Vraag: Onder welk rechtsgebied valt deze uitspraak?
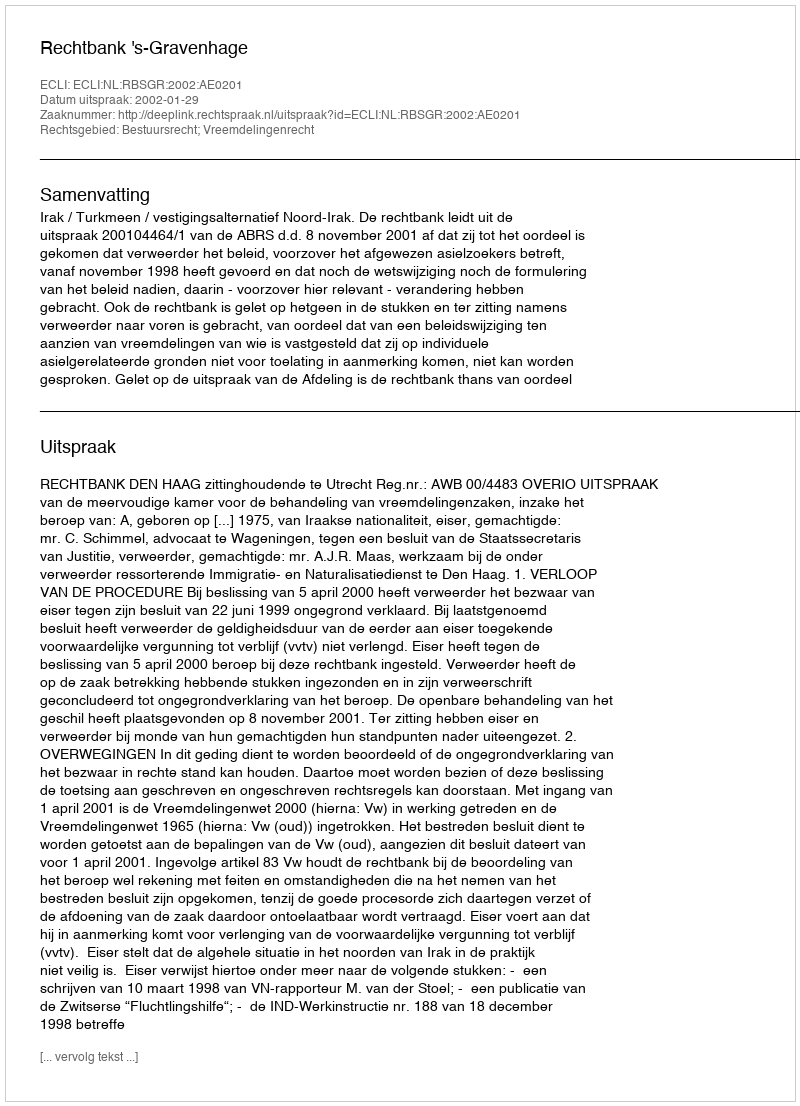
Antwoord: Bestuursrecht; Vreemdelingenrecht